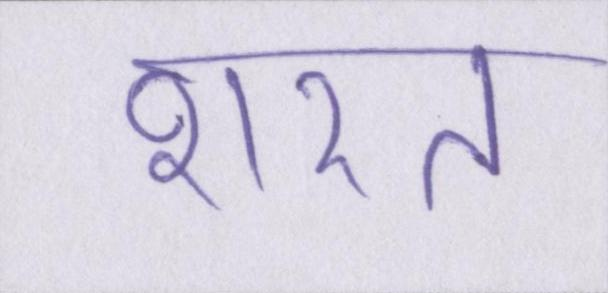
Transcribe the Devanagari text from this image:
शरत